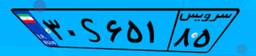
۳۰S۶۵۱۸۵